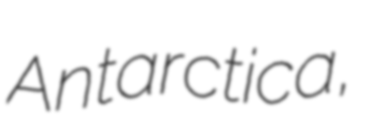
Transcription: Antarctica,